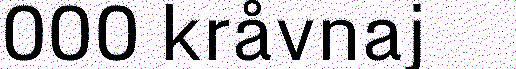
000 kråvnaj